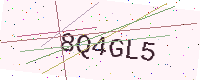
Text: 8Q4GL5